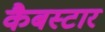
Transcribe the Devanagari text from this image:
कैबस्टार